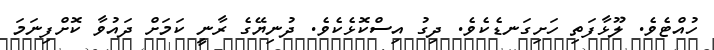
ހުއްޓެވެ. ލޫޅާފަތި ހަށިގަނޑެކެވެ. ދިގު އިސްކޮޅެކެވެ. ދުނިޔޭގެ ރާނީ ކަމަށް ދައުވާ ކޮށްފިނަމަ